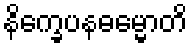
နိက္ခေပနဓမ္မောတိ